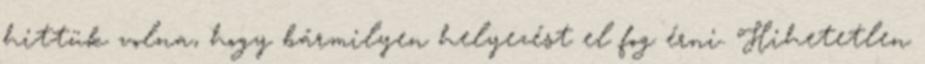
hittük volna, hogy bármilyen helyezést el fog érni. Hihetetlen